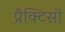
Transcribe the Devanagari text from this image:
प्रैक्टिसों